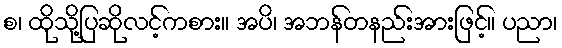
စ၊ ထိုသို့ပြဆိုလင့်ကစား။ အပိ၊ အဘန်တနည်းအားဖြင့်။ ပညာ၊